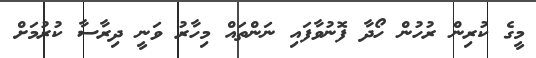
މީގެ ކުރިން ރުހުން ހޯދާ ފޮނުވާފައި ނަންތައް މިހާރު ވަނީ ދިރާސާ ކުރުމަށް